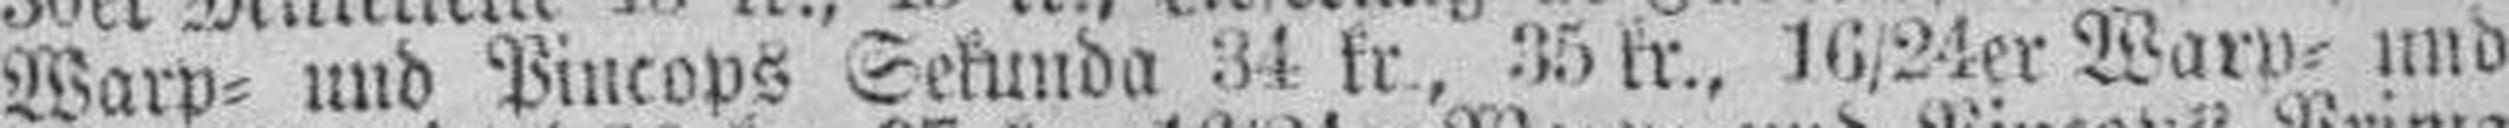
Warp= und Pincops Sekunda 34 kr., 35 kr., 16/24er Warp= und